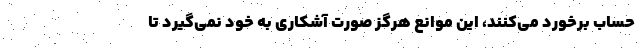
حساب برخورد می‌کنند، این موانع هرگز صورت آشکاری به خود نمی‌گیرد تا